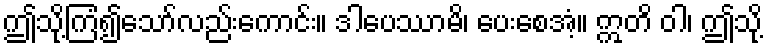
ဤသို့ကြံ၍သော်လည်းကောင်း။ ဒါပေဿာမိ၊ ပေးစေအံ့။ ဣတိ ဝါ၊ ဤသို့